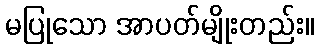
မပြုသော အာပတ်မျိုးတည်း။